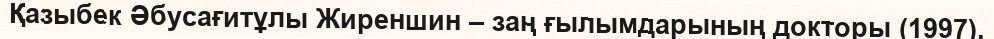
Қазыбек Әбусағитұлы Жиреншин – заң ғылымдарының докторы (1997).